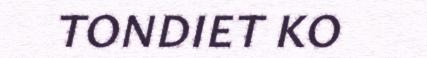
TONDIET KO